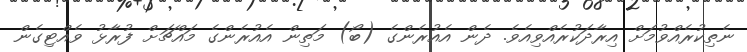
ނެތިކުރެއްވުމަށް އިރާދަކުރެއްވިއެވެ. ދެން އެއުރެންގެ (ބޯ) މަތިން އެއުރެންގެ މައްޗަށް ފުރާޅު ވެއްޓިގެން